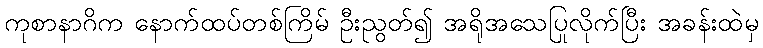
ကုစာနာဂိက နောက်ထပ်တစ်ကြိမ် ဦးညွတ်၍ အရိုအသေပြုလိုက်ပြီး အခန်းထဲမှ